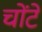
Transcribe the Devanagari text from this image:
चोंटें